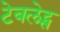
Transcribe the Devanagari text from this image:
टेबलेट्स